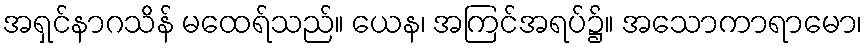
အရှင်နာဂသိန် မထေရ်သည်။ ယေန၊ အကြင်အရပ်၌။ အသောကာရာမော၊